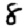
Digit: 8